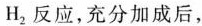
H_{2}反应，充分加成后，